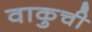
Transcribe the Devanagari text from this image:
वाकुची